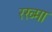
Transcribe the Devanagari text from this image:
रख्मा